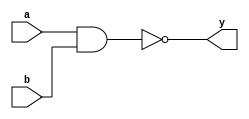
module xup_nand2 #(parameter DELAY = 3)(
    input a,
    input b,
    output y
    );
    
    nand #DELAY (y,a,b);
    
endmodule